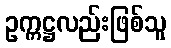
ဥက္ကဋ္ဌလည်းဖြစ်သူ